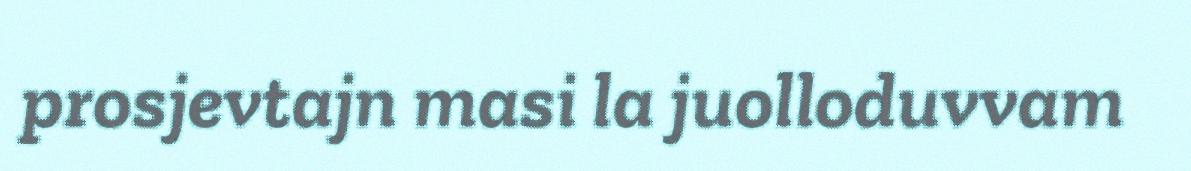
prosjevtajn masi la juolloduvvam